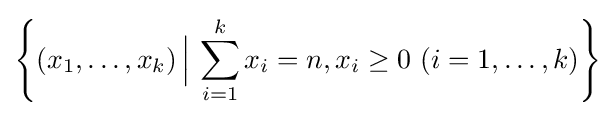
\left\lbrace (x_{1},\dots ,x_{k})\,{\Big \vert }\,\sum _{i=1}^{k}x_{i}=n,x_{i}\geq 0\ (i=1,\dots ,k)\right\rbrace